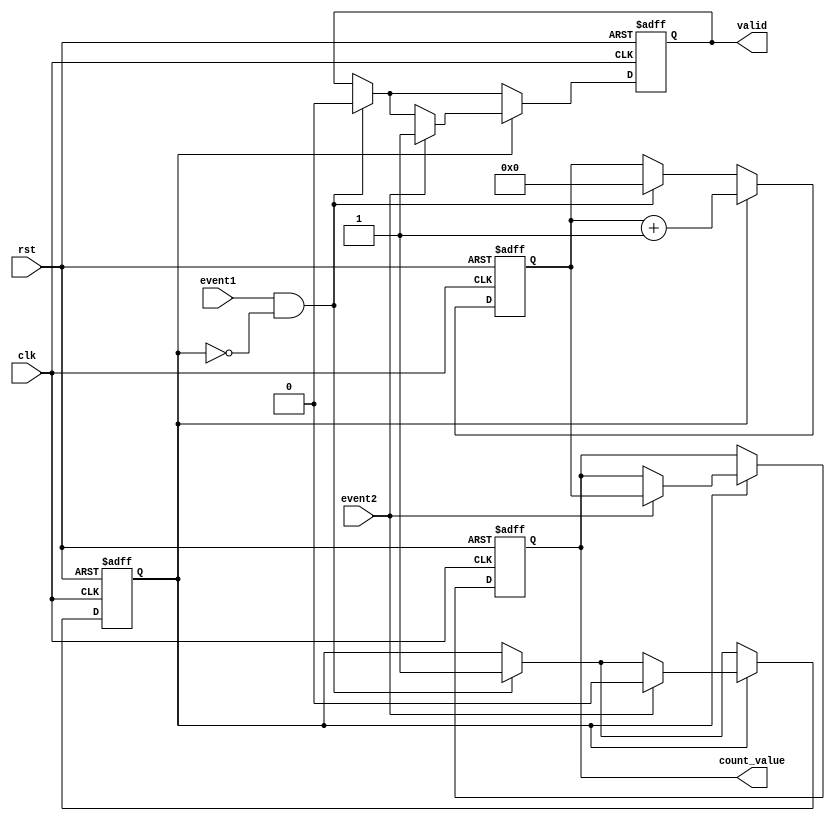
module TDC (
    input wire clk,                // High-frequency clock signal
    input wire rst,                // Asynchronous reset signal
    input wire event1,             // First event input signal
    input wire event2,             // Second event input signal
    output reg [15:0] count_value, // Output count value (16-bit register)
    output reg valid               // Output valid signal indicating count is ready
);

    reg [15:0] counter;            // 16-bit counter
    reg counting;                  // State to indicate counting is active

    // Asynchronous reset and event detection
    always @(posedge clk or posedge rst) begin
        if (rst) begin
            counter <= 16'b0;      // Reset counter
            count_value <= 16'b0;  // Reset output value
            valid <= 1'b0;         // Reset valid signal
            counting <= 1'b0;      // Reset counting state
        end else begin
            if (event1 && !counting) begin
                counting <= 1'b1;   // Start counting on first event
                counter <= 16'b0;   // Reset counter
                valid <= 1'b0;      // Clear valid signal
            end
            
            if (counting) begin
                counter <= counter + 1; // Increment counter on each clock cycle
                
                if (event2) begin
                    counting <= 1'b0;  // Stop counting on second event
                    count_value <= counter; // Store counter value
                    valid <= 1'b1;     // Set valid signal
                end
            end
        end
    end

endmodule